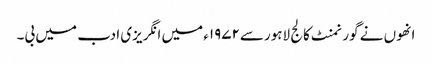
انھوں نے گورنمنٹ کالج لاہورسے۱۹۷۲ء میں انگریزی ادب میں بی۔